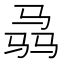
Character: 骉